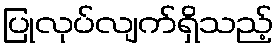
ပြုလုပ်လျက်ရှိသည့်